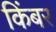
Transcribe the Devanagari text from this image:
किंबर